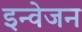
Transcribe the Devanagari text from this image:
इन्वेजन